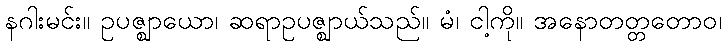
နဂါးမင်း။ ဥပဇ္ဈာယော၊ ဆရာဥပဇ္ဈာယ်သည်။ မံ၊ ငါ့ကို။ အနောတတ္တတောဝ၊